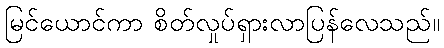
မြင်ယောင်ကာ စိတ်လှုပ်ရှားလာပြန်လေသည်။